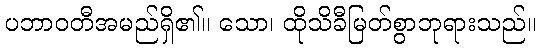
ပဘာဝတီအမည်ရှိ၏။ သော၊ ထိုသိခီမြတ်စွာဘုရားသည်။